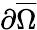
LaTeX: \partial\overline{\Omega}